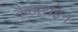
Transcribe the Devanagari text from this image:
कैटाराइन